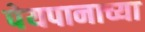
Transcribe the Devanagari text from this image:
पेयपानाच्या